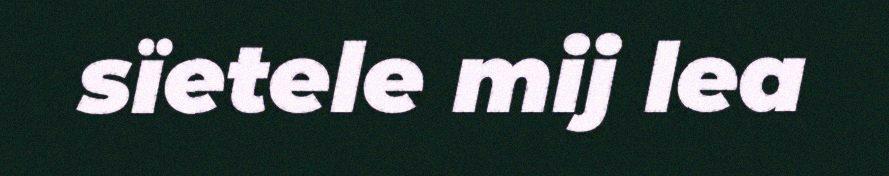
sïetele mij lea